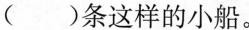
( )条这样的小船。